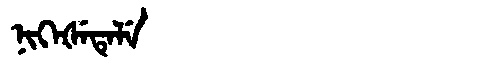
Manchu: ᠨᡳᡴᡝᡧᡝᡨᡝᠯᡝ
Romanization: NIKEŠETELE